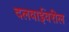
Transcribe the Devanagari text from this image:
दलवाईंवरील